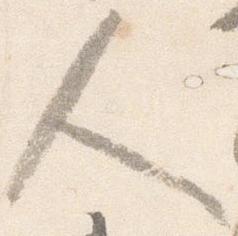
人